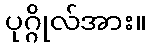
ပုဂ္ဂိုလ်အား။